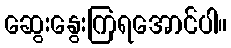
ဆွေးနွေးကြရအောင်ပါ။